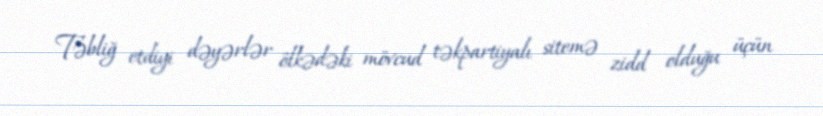
Təbliğ etdiyi dəyərlər ölkədəki mövcud təkpartiyalı sitemə zidd olduğu üçün